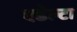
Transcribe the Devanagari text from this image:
एडेल्टा